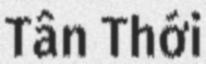
Tân Thới